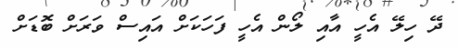
ދޭ ހިލޭ އެހީ އާއި ލޯން އެހީ ފަހަކަށް އައިސް ވަރަށް ބޮޑަށް